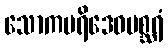
သောကပရိဒေဝမစ္ဆရံ